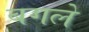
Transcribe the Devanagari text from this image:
बगले